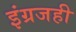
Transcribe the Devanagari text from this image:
इंग्रजही